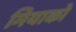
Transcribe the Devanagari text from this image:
मियाको